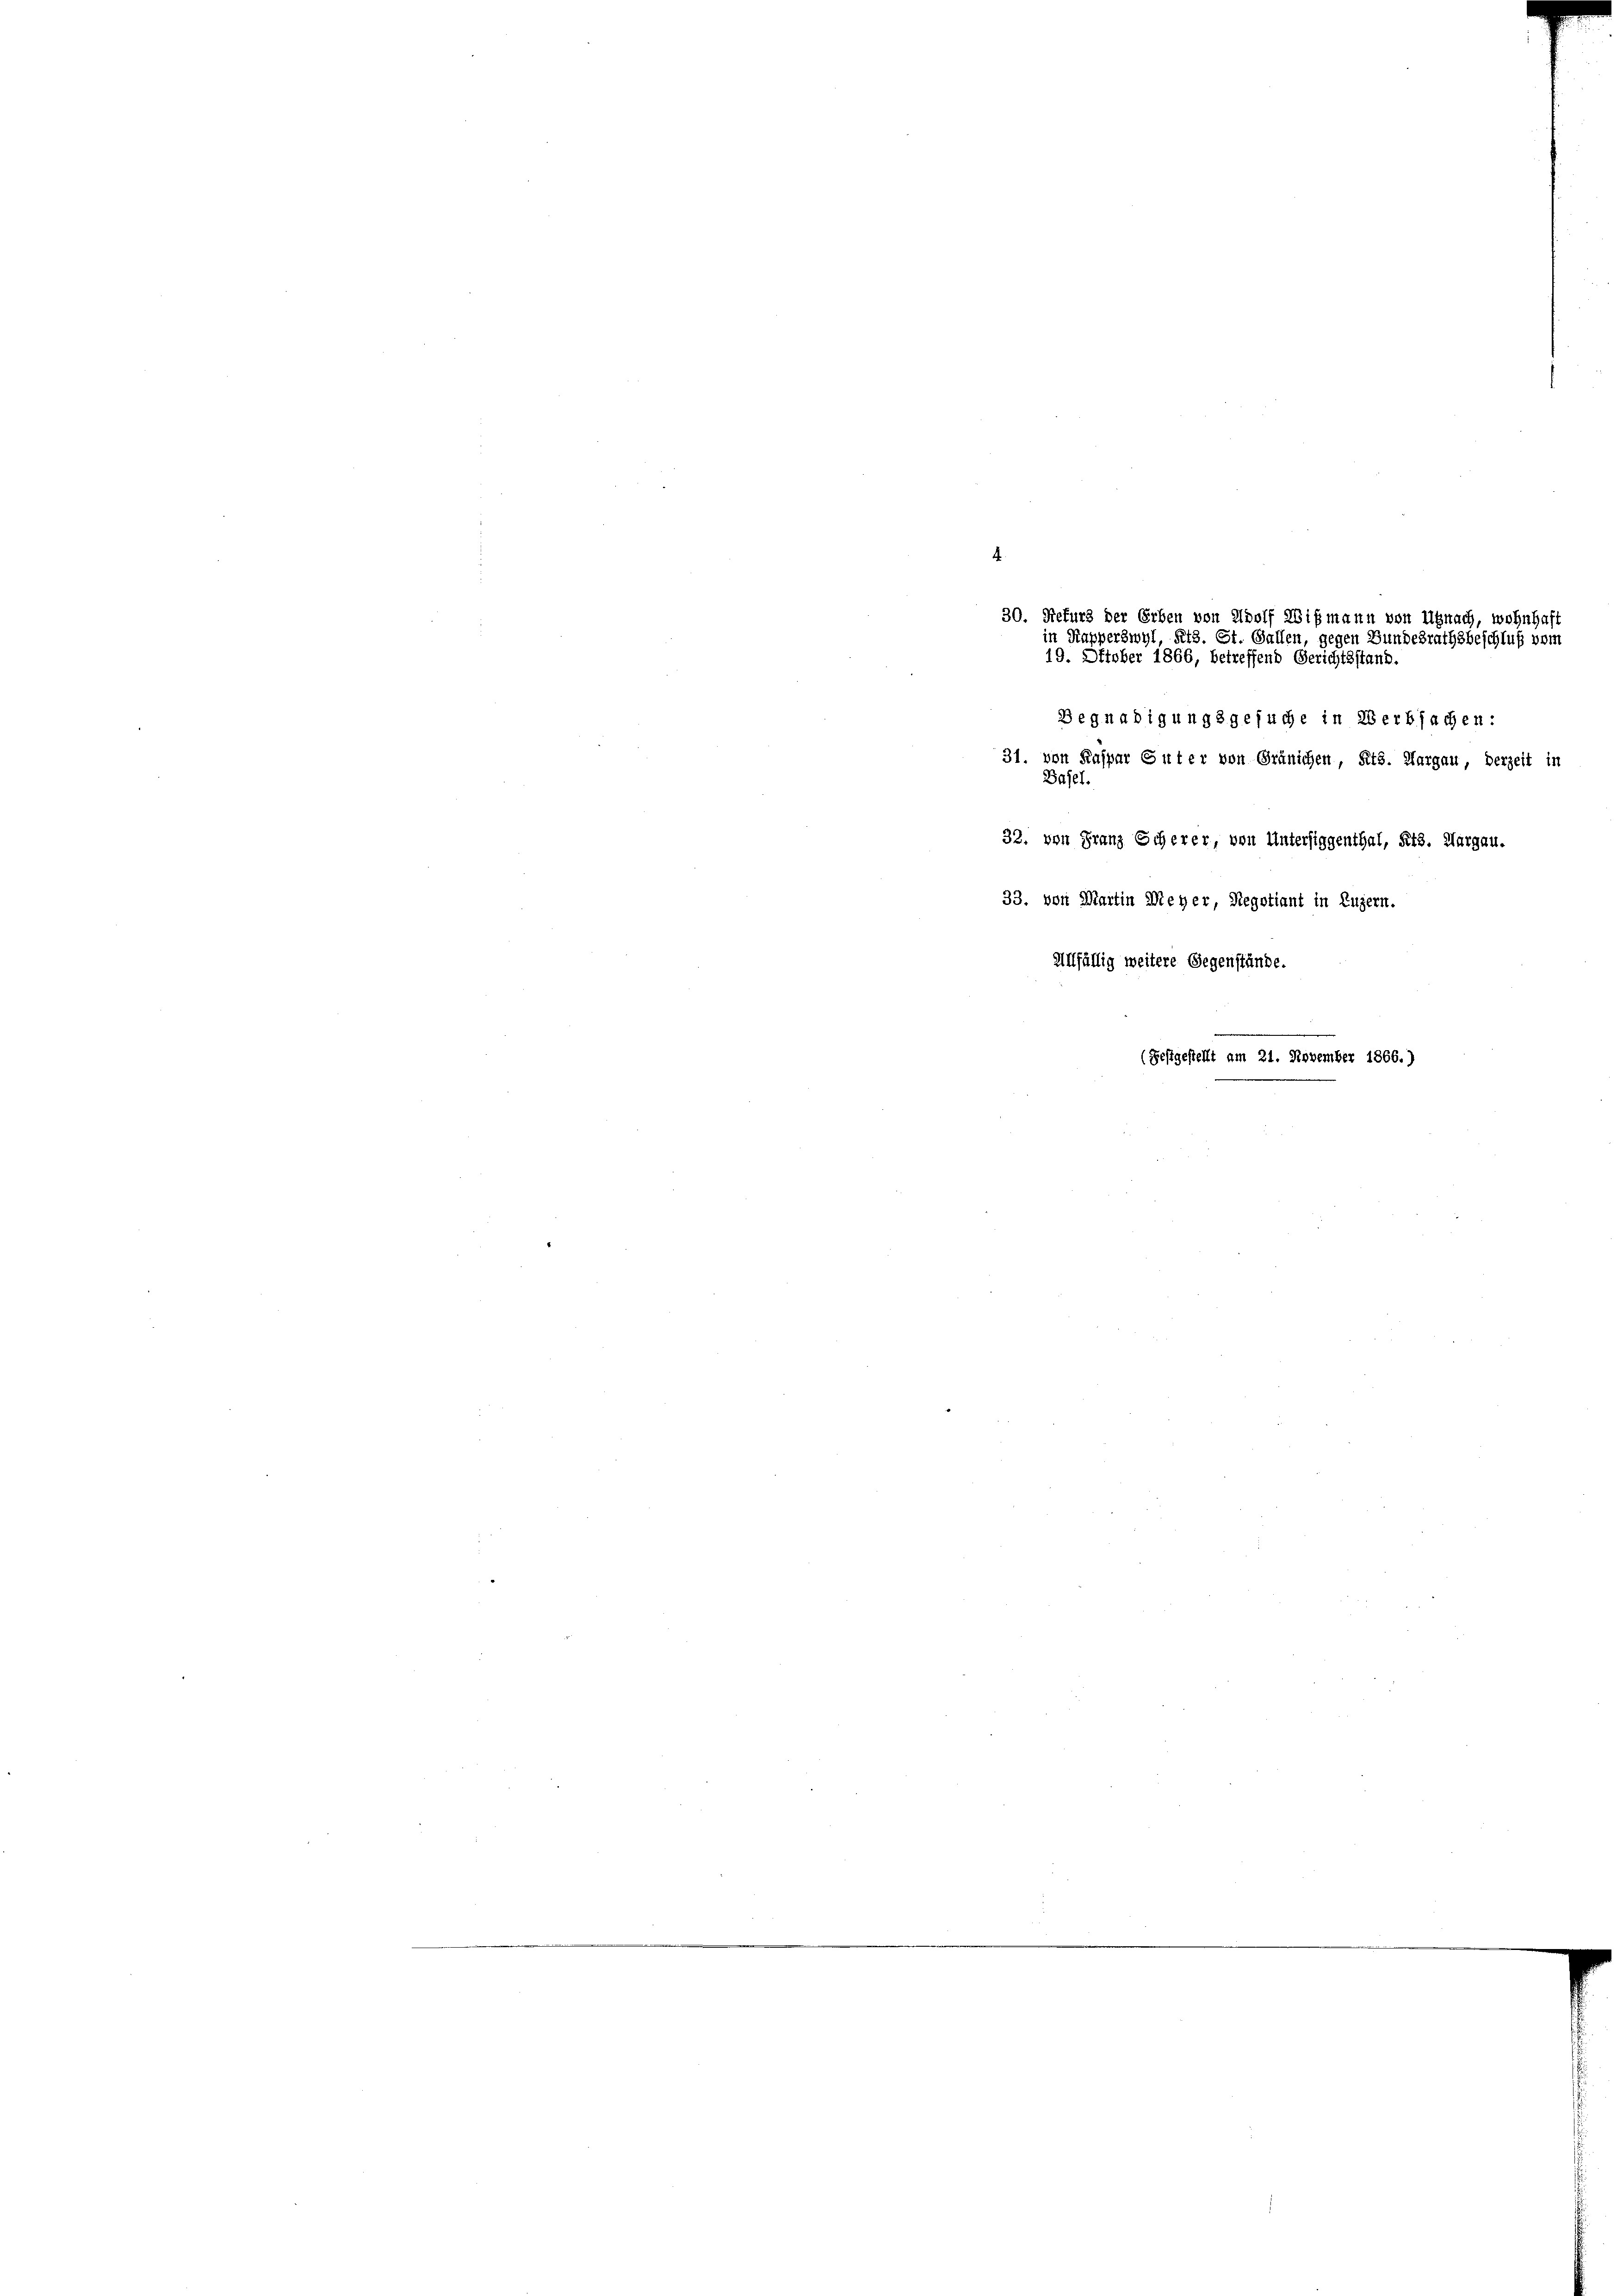
4
Begnadigungsgesuche in Verbsachen:
31. von Kaspar Guter von Gränichen, Kts. Aargau, derzeit in
Basel.
32. von Franz Scherer, von Untersiggenthal, Kts. Margau.
33. von Martin Meyer, Regotiant in Luzern.
Allfällig weitere Gegenstände.
(Festgestellt am 21. November 1866.)

30. Nefurs der Erben von Adolf Wismann von Uznach, wohnt
in Kapperswyl, Kts. St. Gallen, gegen Bundesrathsbeschluß vom
19. Oktober 1866, betreffend Gerichtsstand.